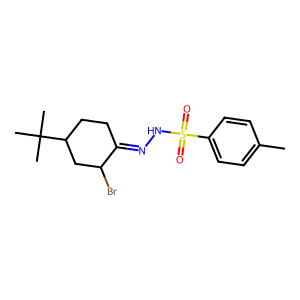
SMILES: Cc1ccc(S(=O)(=O)NN=C2CCC(C(C)(C)C)CC2Br)cc1
Inhibits HIV replication: No